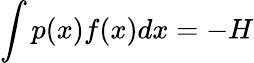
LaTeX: \int p(x)f(x)dx=-H